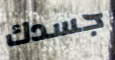
جسدك